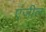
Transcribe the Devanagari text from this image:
एंजील